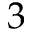
3